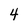
Character: 4